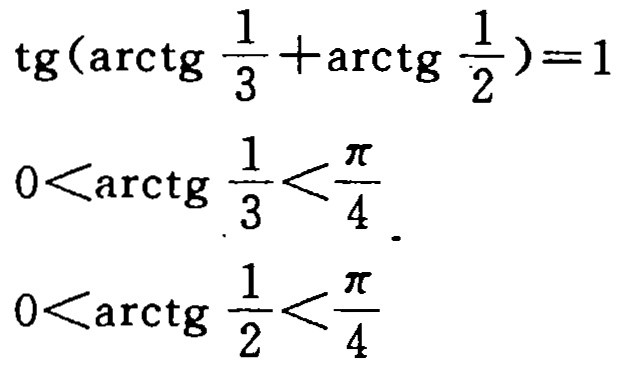
\[\begin{align*}
\mathrm{tg}(\mathrm{arctg}\frac{1}{3}+\mathrm{arctg}\frac{1}{2})&=1\\
0<\mathrm{arctg}\frac{1}{3}&<\frac{\pi}{4}\\
0<\mathrm{arctg}\frac{1}{2}&<\frac{\pi}{4}
\end{align*}\]